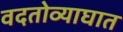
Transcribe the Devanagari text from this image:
वदतोव्याघात